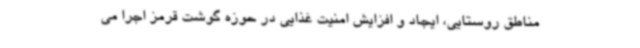
مناطق روستایی، ایجاد و افزایش امنیت غذایی در حوزه گوشت قرمز اجرا می